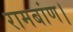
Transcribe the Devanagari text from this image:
रामबांण।